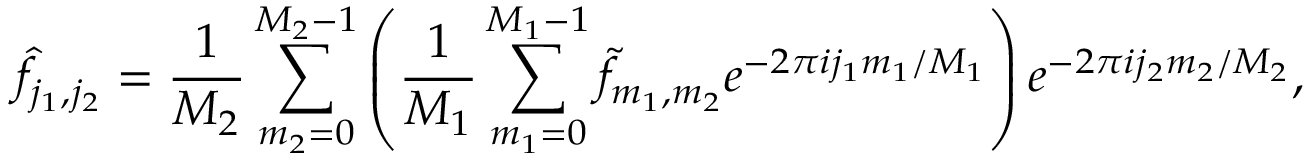
\hat { f } _ { j _ { 1 } , j _ { 2 } } = \frac 1 { M _ { 2 } } \sum _ { m _ { 2 } = 0 } ^ { M _ { 2 } - 1 } \left( \frac 1 { M _ { 1 } } \sum _ { m _ { 1 } = 0 } ^ { M _ { 1 } - 1 } \tilde { f } _ { m _ { 1 } , m _ { 2 } } e ^ { - 2 \pi i j _ { 1 } m _ { 1 } / M _ { 1 } } \right) e ^ { - 2 \pi i j _ { 2 } m _ { 2 } / M _ { 2 } } ,